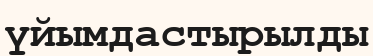
үйымдастырылды